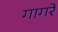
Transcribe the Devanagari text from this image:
गागरे